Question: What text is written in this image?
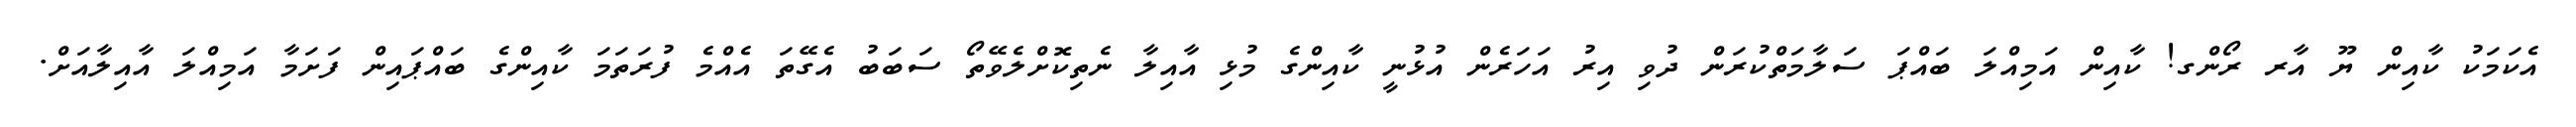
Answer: އެކަމަކު ކާއިން ޔޫ އާރ ރޯންގ! ކާއިން އަމިއްލަ ބައްޕަ ސަލާމަތްކުރަން ދުވި އިރު އަހަރެން އުޅުނީ ކާއިންގެ މުޅި އާއިލާ ނެތިކޮށްލެވޭތޯ ސަބަބު އެގޭތަ އެއްމެ ފުރަތަމަ ކާއިންގެ ބައްޕައިން ފަށަމާ އަމިއްލަ އާއިލާއަށް.